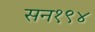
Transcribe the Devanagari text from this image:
सन१९४